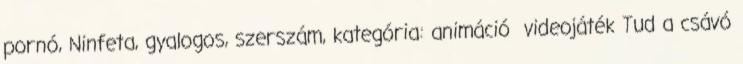
pornó, Ninfeta, gyalogos, szerszám, kategória: animáció videojáték Tud a csávó